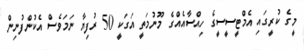
މީގެ ކުރީގައި އެމްޓީސީސީގެ ހިއްސާއެއްގެ މޫނުމަތީ އަގަކީ 50 ރުފިޔާ ނަމަވެސް އެކުންފުނިން